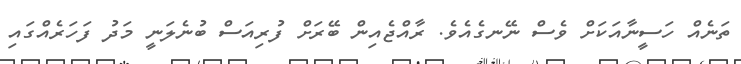
ތަނެއް ހަސީނާއަކަށް ވެސް ނޭނގެއެވެ. ރާއްޖެއިން ބޭރަށް ފުރިއަސް ބުނެލަނީ މަދު ފަހަރެއްގައި